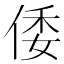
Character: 倭